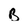
Character: B